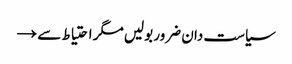
سیاست دان ضرور بولیں مگر احتیاط سے →